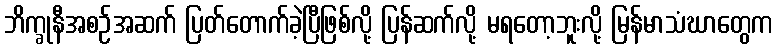
ဘိက္ခုနီအစဉ်အဆက် ပြတ်တောက်ခဲ့ပြီဖြစ်လို့ ပြန်ဆက်လို့ မရတော့ဘူးလို့ မြန်မာသံဃာတွေက